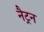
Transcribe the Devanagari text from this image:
नैट्रन